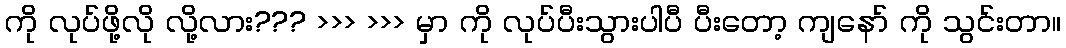
ကို လုပ်ဖို့လို လို့လား??? >>> >>> မှာ ကို လုပ်ပီးသွားပါပီ ပီးတော့ ကျနော် ကို သွင်းတာ။